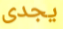
يجدى